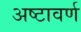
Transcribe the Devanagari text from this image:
अष्टावर्ण